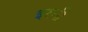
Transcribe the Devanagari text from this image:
इरनी